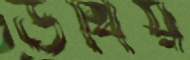
উখিয়